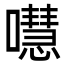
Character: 嚖